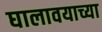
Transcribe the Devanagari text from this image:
घालावयाच्या